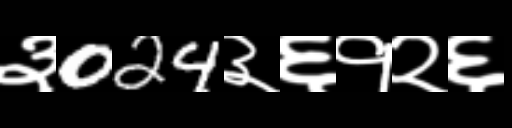
Text: ३024३६१२६